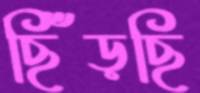
ছিঁড়ছি